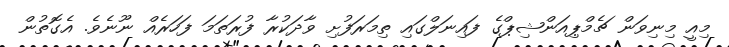
މިއީ މިނިވަން ޗެމްޕިއަންޝިޕްގެ ފައިނަލްގައި ތިމަރަފުށި ވާދަކުރާ ފުރަތަމަ ފަހަރެއް ނޫނެވެ. އެގޮތުން